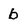
Character: b